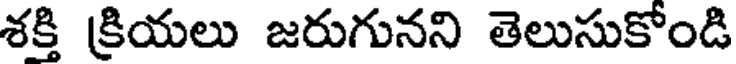
శక్తి క్రియలు జరుగునని తెలుసుకోండి